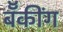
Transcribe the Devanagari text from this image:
बॅँकींग